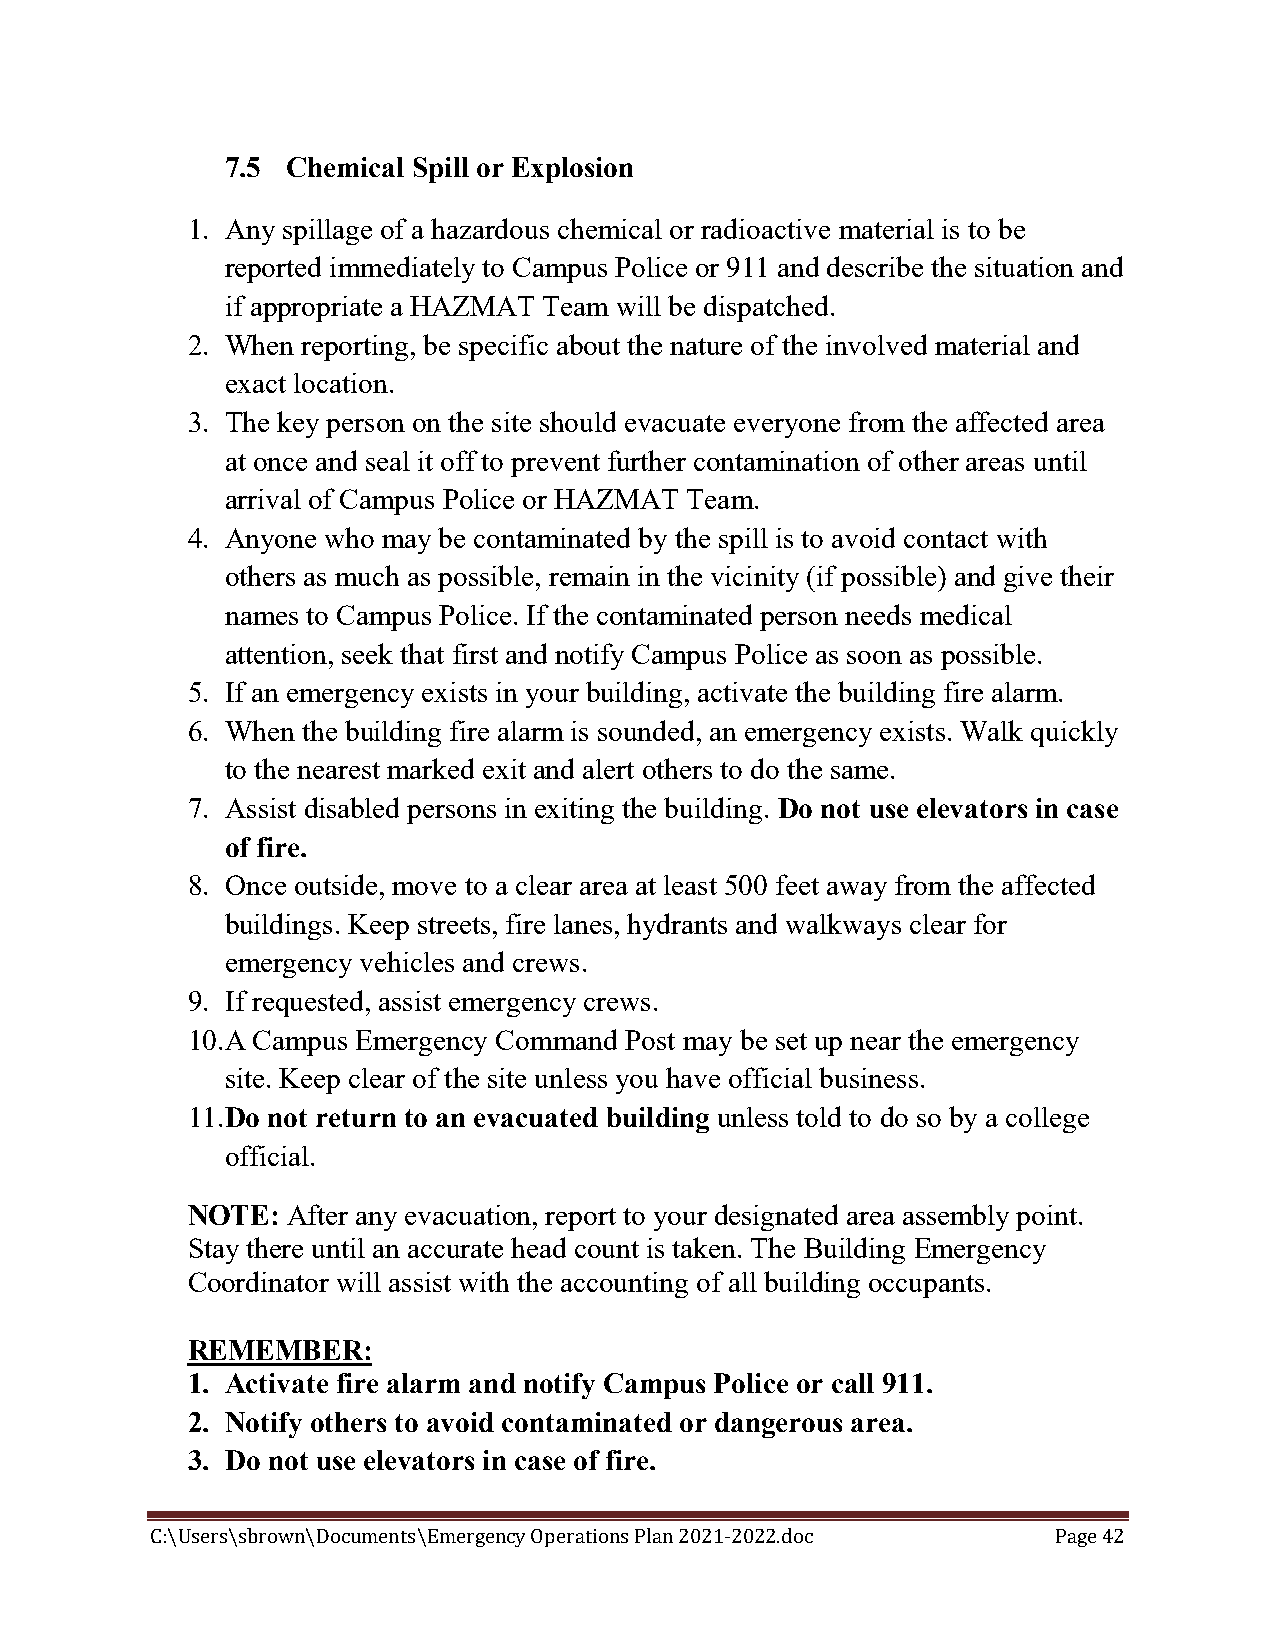
7.5 Chemical Spill or Explosion
 1. Any spillage of a hazardous chemical or radioactive material is to be
 reported immediately to Campus Police or 911 and describe the situation and
 if appropriate a HAZMAT Team will be dispatched.
 2. When reporting, be specific about the nature of the involved material and
 exact location.
 3. The key person on the site should evacuate everyone from the affected area
 at once and seal it off to prevent further contamination of other areas until
 arrival of Campus Police or HAZMAT Team.
 4. Anyone who may be contaminated by the spill is to avoid contact with
 others as much as possible, remain in the vicinity (if possible) and give their
 names to Campus Police. If the contaminated person needs medical
 attention, seek that first and notify Campus Police as soon as possible.
 5. If an emergency exists in your building, activate the building fire alarm.
 6. When the building fire alarm is sounded, an emergency exists. Walk quickly
 to the nearest marked exit and alert others to do the same.
 7. Assist disabled persons in exiting the building. Do not use elevators in case
 of fire.
 8. Once outside, move to a clear area at least 500 feet away from the affected
 buildings. Keep streets, fire lanes, hydrants and walkways clear for
 emergency vehicles and crews.
 9. If requested, assist emergency crews.
 10. A Campus Emergency Command Post may be set up near the emergency
 site. Keep clear of the site unless you have official business.
 11. Do not return to an evacuated building unless told to do so by a college
 official.
 NOTE:  After any evacuation, report to your designated area assembly point.
 Stay there until an accurate head count is taken. The Building Emergency
 Coordinator will assist with the accounting of all building occupants.
 REMEMBER:
 1. Activate fire alarm and notify Campus Police or call 911.
 2. Notify others to avoid contaminated or dangerous area.
 3. Do not use elevators in case of fire.
 C:\Users\sbrown\Documents\Emergency Operations Plan 2021-2022.doc Page 42